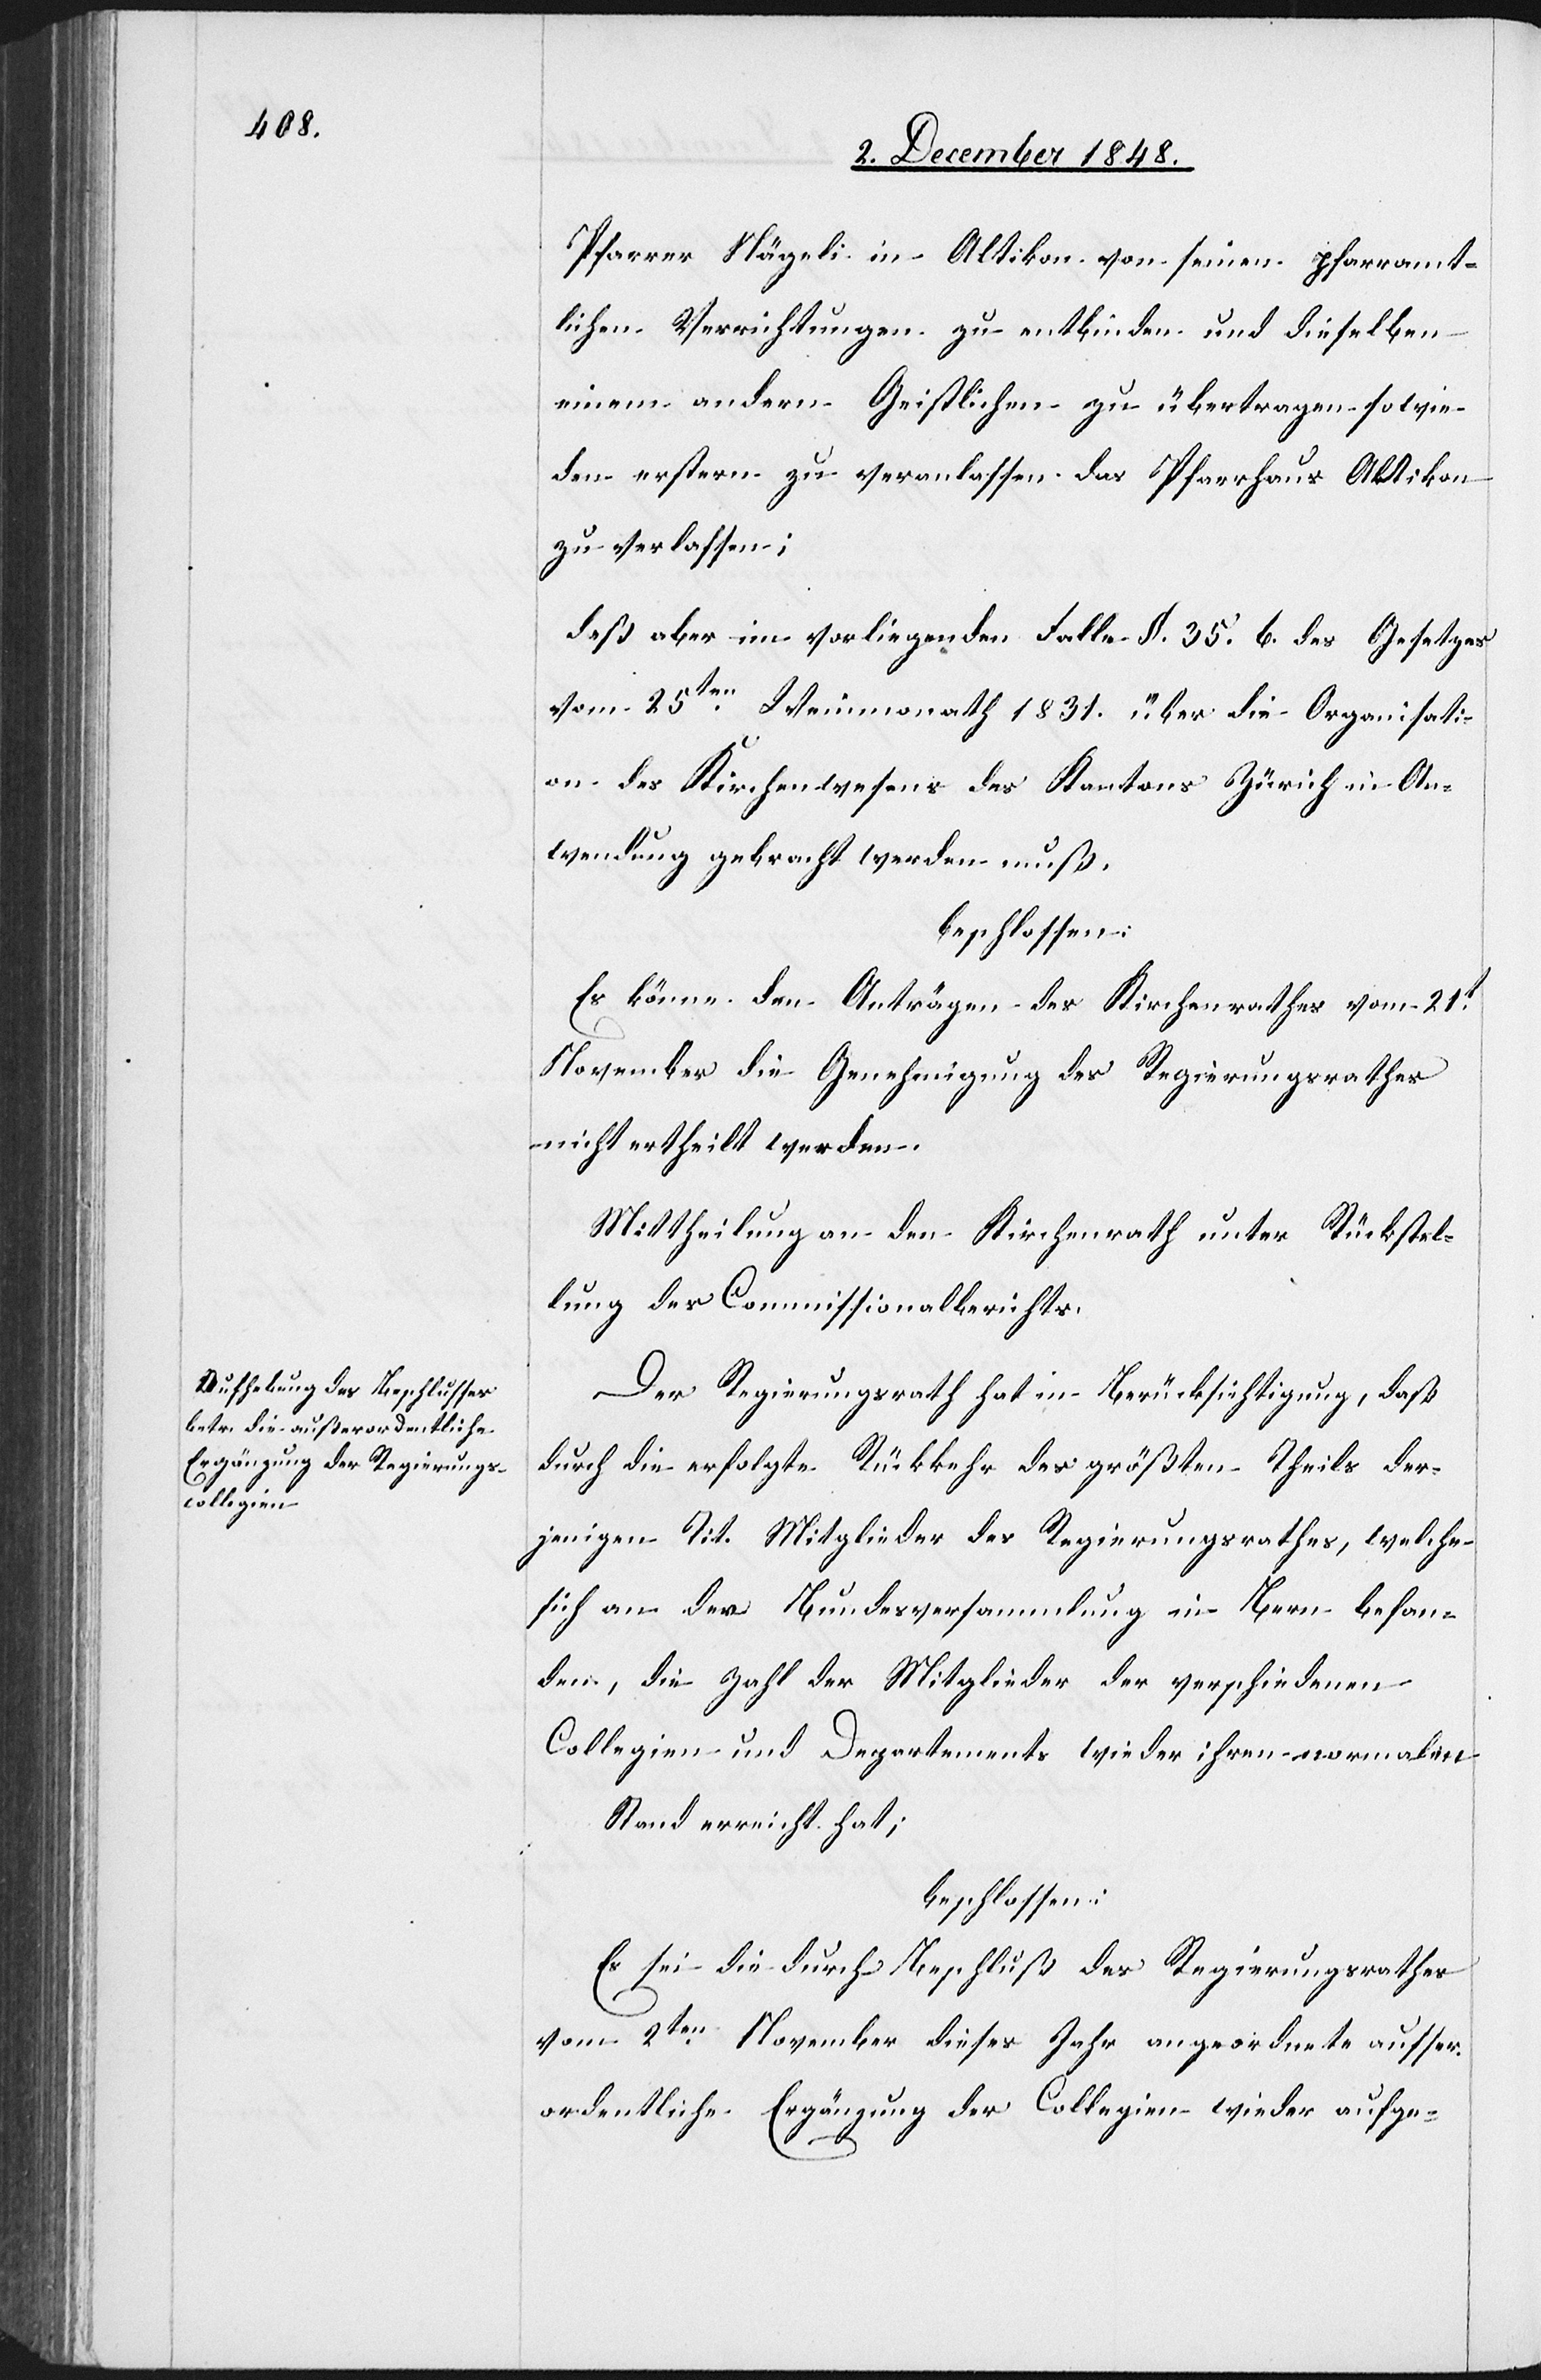
Pfarrer Nägeli in Altikon von seinen pfarramt¬
lichen Verrichtungen zu entbinden und dieselben
einem andern Geistlichen zu übertragen sowie
den erstern zu veranlassen das Pfarrhaus Altikon
zu verlassen;
daß aber im vorliegenden Fall § 35. b. des Gesetzes
vom 25ten Weinmonath 1831. über die Organisati¬
on des Kirchenwesens des Kantons Zürich in An¬
wendung gebracht werden muß.
beschlossen:
Es könne den Anträgen des Kirchenrathes vom 21t
November die Genehmigung des Regierungsrathes
nicht ertheilt werden.
Mittheilung an den Kirchenrath unter Rückstel¬
lung des Commissionalberichts.
Der Regierungsrath hat in Berücksichtigung, daß
durch die erfolgte Rückkehr des größten Theils der¬
jenigen Tit. Mitglieder des Regierungsrathes, welche
sich an der Bundesversammlung in Bern befan¬
den, die Zahl der Mitglieder der verschiedenen
Collegien und Departements wieder ihren normalen
Stand erreicht hat;
beschlossen:
Es sei die durch Beschluß des Regierungsrathes
vom 2ten November dieses Jahr angeordnete ausser¬
ordentliche Ergänzung der Collegien wieder aufge-